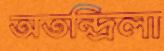
অতন্দ্রিলা